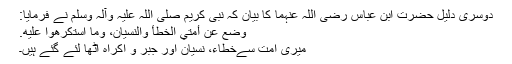
دوسری دلیل حضرت ابن عباس رضی اللہ عنہما کا بیان کہ نبی کریم صلی اللہ علیہ وآلہ وسلم نے فرمایا:
وُضِعَ عَنْ أُمَّتِي الْخَطَأُ وَالنِّسْيَانُ، وَمَا اسْتُكْرِهُوا عَلَيْهِ.
میری امت سےخطاء، نسیان اور جبر و اکراہ اٹھا لئے گئے ہیں۔